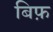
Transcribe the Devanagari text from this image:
बिफ़